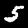
Digit: 5